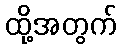
ထို့အတွက်